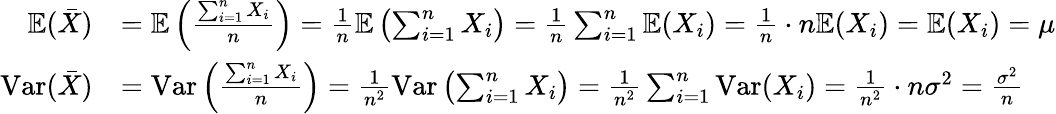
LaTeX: \begin{array}{rl}{\mathbb E(\bar{X})}&{=\mathbb E\left(\frac{\sum_{i=1}^{n}X_{i}}{n}\right)=\frac 1n\mathbb E\left(\sum_{i=1}^{n}X_{i}\right)=\frac 1n\sum_{i=1}^{n}\mathbb E(X_{i})=\frac 1n\cdot n\mathbb E(X_{i})=\mathbb E(X_{i})=\mu}\\ {\mathrm{Var}(\bar{X})}&{=\mathrm{Var}\left(\frac{\sum_{i=1}^{n}X_{i}}{n}\right)=\frac{1}{n^{2}}\mathrm{Var}\left(\sum_{i=1}^{n}X_{i}\right)=\frac 1{n^{2}}\sum_{i=1}^{n}\mathrm{Var}(X_{i})=\frac 1{n^{2}}\cdot n\sigma^{2}=\frac{\sigma^{2}}{n}}\end{array}